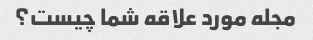
مجله مورد علاقه شما چیست؟